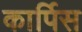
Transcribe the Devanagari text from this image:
कार्पिस